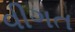
વીગત